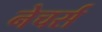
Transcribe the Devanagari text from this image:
नेचर्स